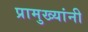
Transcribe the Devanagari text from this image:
प्रामुख्यांनी